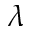
\lambda